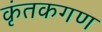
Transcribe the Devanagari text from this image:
कृंतकगण